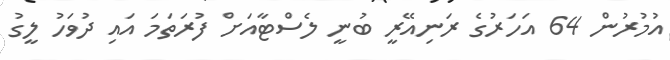
އުމުރުން 64 އަހަރުގެ ރަނިއޭރީ ބުނީ ލެސްޓާއަށް ފުރަތަމަ އައި ދުވަހު ލީގު